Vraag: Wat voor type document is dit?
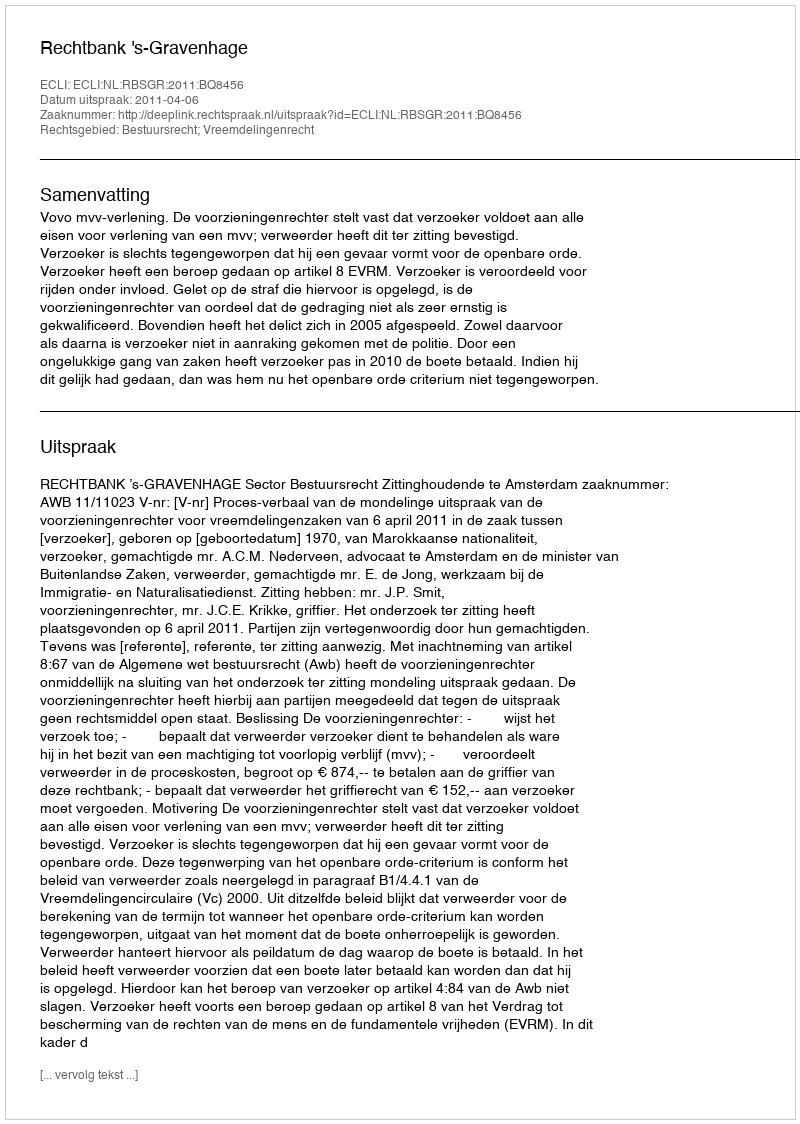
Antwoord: Uitspraak